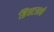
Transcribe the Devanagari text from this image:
ब्रिस्टलचे